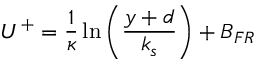
U ^ { + } = \frac { 1 } { \kappa } \ln \left( \frac { y + d } { k _ { s } } \right) + B _ { F R }